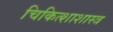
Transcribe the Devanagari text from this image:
चिकित्शाशास्त्र